Vaccine operations Central Provinces & Berar 1922-1929 - 1922-1929
Year: 1922
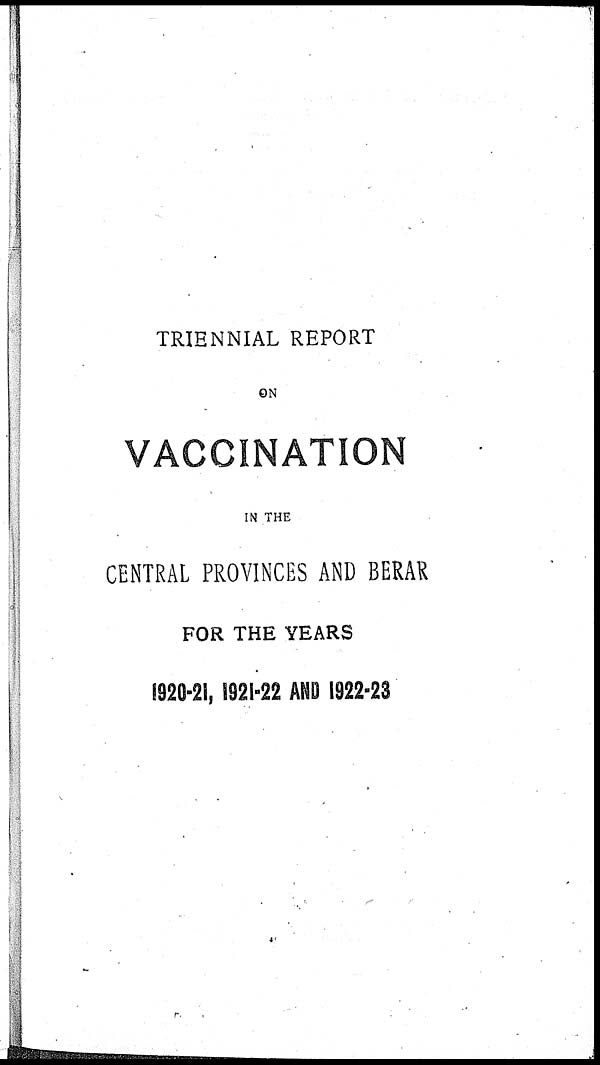
TRIENNIAL REPORT
ON
VACCINATION
IN THE
CENTRAL PROVINCES AND BERAR
FOR THE YEARS
1920-21, 1921-22 AND 1922-23